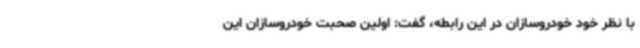
با نظر خود خودروسازان در این رابطه، گفت: اولین صحبت خودروسازان این